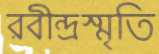
রবীন্দ্রস্মৃতি